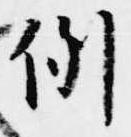
例